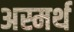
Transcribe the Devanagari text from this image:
अस्मर्थ